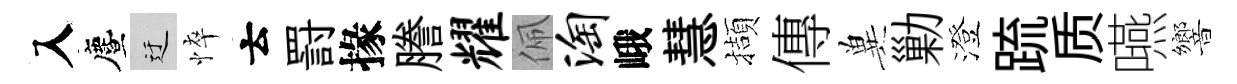
入󵨌迂悴云罸掾謄耀佩淘峨慧擷傳兾勦澄䟽质嚥響